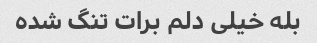
بله خیلی دلم برات تنگ شده